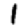
Digit: 1